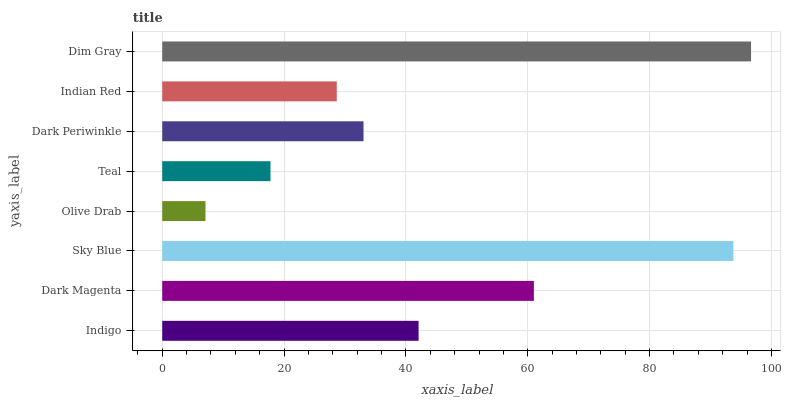
| yaxis_label | bars |
 | --- | --- |
 | Indigo | 42.1 |
 | Dark Magenta | 61 |
 | Sky Blue | 93.7 |
 | Olive Drab | 7.1 |
 | Teal | 17.8 |
 | Dark Periwinkle | 33 |
 | Indian Red | 28.6 |
 | Dim Gray | 96.6 |